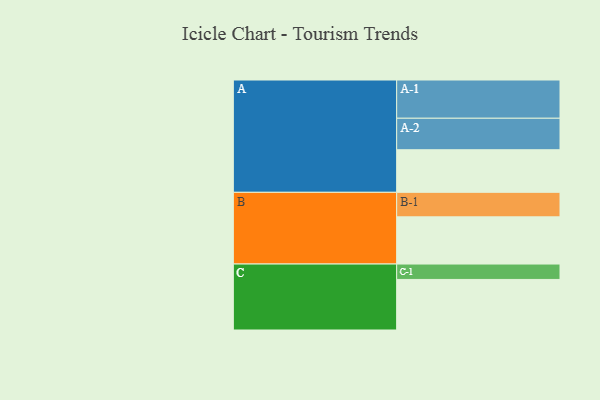
{"axis": {"x": "Segment", "y": "Value"}, "legend": ["", "A", "B", "C"], "data": [{"x": "A", "y": 304, "type": ""}, {"x": "B", "y": 337, "type": ""}, {"x": "C", "y": 361, "type": ""}, {"x": "A-1", "y": 273, "type": "A"}, {"x": "A-2", "y": 225, "type": "A"}, {"x": "B-1", "y": 175, "type": "B"}, {"x": "C-1", "y": 110, "type": "C"}]}